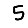
Digit: 5